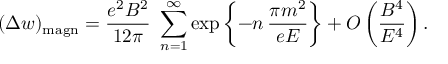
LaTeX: ( \Delta w ) _ { \mathrm { m a g n } } = \frac { e ^ { 2 } { \cal B } ^ { 2 } } { 1 2 \pi } \ \sum _ { n = 1 } ^ { \infty } \exp \left\{ - n \, \frac { \pi m ^ { 2 } } { e { \cal E } } \right\} + O \left( \frac { { \cal B } ^ { 4 } } { { \cal E } ^ { 4 } } \right) .